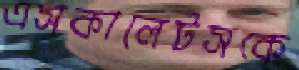
এসকালেটসকে